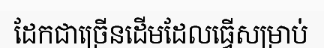
ដែកជាច្រើនដើមដែលធ្វើសម្រាប់